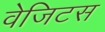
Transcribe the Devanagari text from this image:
वेजिटस